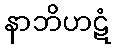
နာဘိဟဋံ